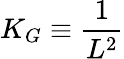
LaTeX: K_{G}\equiv\frac{1}{L^{2}}